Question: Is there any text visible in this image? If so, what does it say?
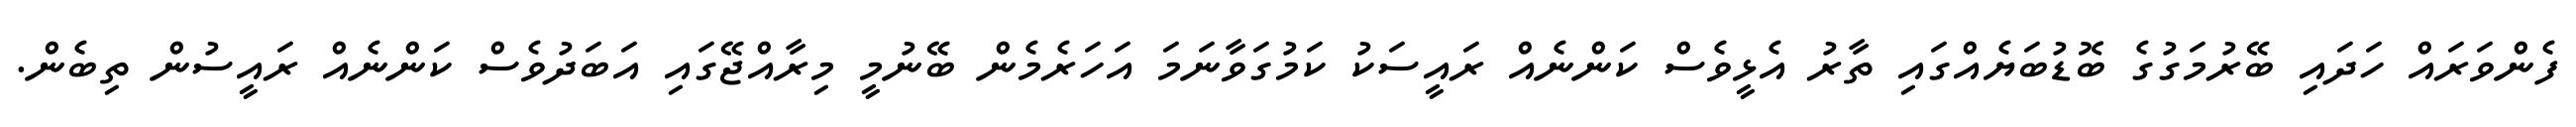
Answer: ފެންވަރައް ހަދައި ބޭރުމަގުގެ ބޮޑުބަޔެއްގައި ތާރު އެޅީވެސް ކަންނެއް ރައީސަކު ކަމުގަވާނަމަ އަހަރެމެން ބޭނުމީ މިރާއްޖޭގައި އަބަދުވެސް ކަންނެއް ރައީސުން ތިބެން.